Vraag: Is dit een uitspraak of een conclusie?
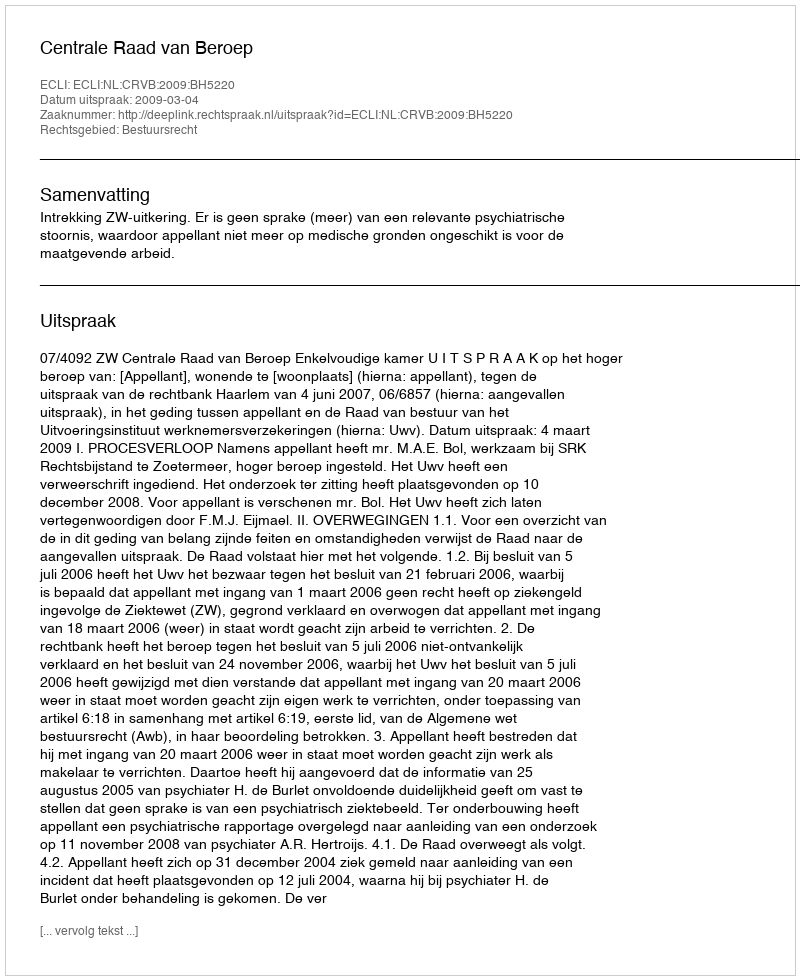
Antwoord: Uitspraak